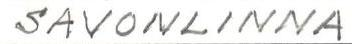
SAVONLINNA